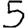
Digit: 5